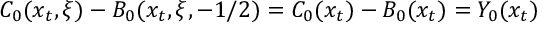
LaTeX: C _ { 0 } ( x _ { t } , \xi ) - B _ { 0 } ( x _ { t } , \xi , - 1 / 2 ) = C _ { 0 } ( x _ { t } ) - B _ { 0 } ( x _ { t } ) = Y _ { 0 } ( x _ { t } )